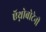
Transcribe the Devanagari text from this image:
ऍथ्नोबोटेनी